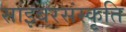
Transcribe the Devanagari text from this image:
साइबरसंस्कृति